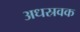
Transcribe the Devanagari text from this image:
अधस्रवक